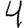
Digit: 4